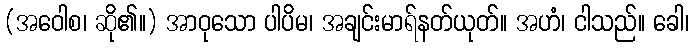
(အဝေါစ၊ ဆို၏။) အာဝုသော ပါပိမ၊ အချင်းမာရ်နတ်ယုတ်။ အဟံ၊ ငါသည်။ ခေါ၊